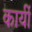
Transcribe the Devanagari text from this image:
कार्यी